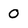
Character: 0